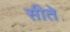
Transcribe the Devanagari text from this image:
सीते